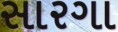
સારગા